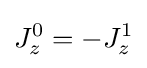
J_{z}^{0}=-J_{z}^{1}